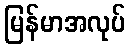
မြန်မာအလုပ်